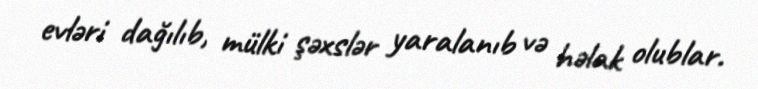
evləri dağılıb, mülki şəxslər yaralanıb və həlak olublar.